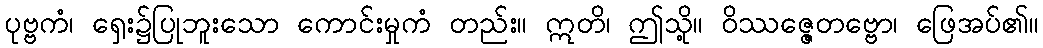
ပုဗ္ဗကံ၊ ရှေး၌ပြုဘူးသော ကောင်းမှုကံ တည်း။ ဣတိ၊ ဤသို့။ ဝိဿဇ္ဇေတဗ္ဗော၊ ဖြေအပ်၏။